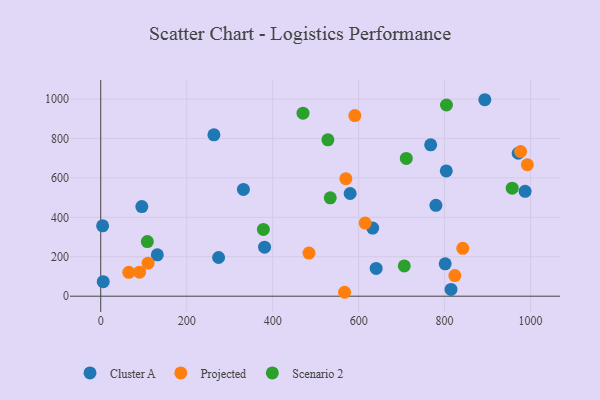
{"axis": {"x": "Study Hours", "y": "Demand"}, "legend": ["Cluster A", "Projected", "Scenario 2"], "data": [{"x": "640.8", "y": 140.9, "type": "Cluster A"}, {"x": "767.6", "y": 767.4, "type": "Cluster A"}, {"x": "381.2", "y": 248.5, "type": "Cluster A"}, {"x": "987.3", "y": 531.8, "type": "Cluster A"}, {"x": "893.6", "y": 996.2, "type": "Cluster A"}, {"x": "5.8", "y": 73.6, "type": "Cluster A"}, {"x": "801.4", "y": 164.0, "type": "Cluster A"}, {"x": "95.6", "y": 454.5, "type": "Cluster A"}, {"x": "779.8", "y": 460.9, "type": "Cluster A"}, {"x": "4.4", "y": 356.6, "type": "Cluster A"}, {"x": "814.9", "y": 34.2, "type": "Cluster A"}, {"x": "274.2", "y": 196.2, "type": "Cluster A"}, {"x": "803.9", "y": 635.4, "type": "Cluster A"}, {"x": "331.9", "y": 541.6, "type": "Cluster A"}, {"x": "263.3", "y": 818.4, "type": "Cluster A"}, {"x": "971.2", "y": 724.9, "type": "Cluster A"}, {"x": "131.6", "y": 209.6, "type": "Cluster A"}, {"x": "632.7", "y": 345.6, "type": "Cluster A"}, {"x": "580.3", "y": 520.7, "type": "Cluster A"}, {"x": "484.5", "y": 218.7, "type": "Projected"}, {"x": "567.3", "y": 19.9, "type": "Projected"}, {"x": "976.8", "y": 733.7, "type": "Projected"}, {"x": "570.3", "y": 595.7, "type": "Projected"}, {"x": "615.2", "y": 370.8, "type": "Projected"}, {"x": "90.2", "y": 121.9, "type": "Projected"}, {"x": "110.1", "y": 167.6, "type": "Projected"}, {"x": "823.8", "y": 104.7, "type": "Projected"}, {"x": "591.2", "y": 915.9, "type": "Projected"}, {"x": "992.6", "y": 666.6, "type": "Projected"}, {"x": "842.3", "y": 242.7, "type": "Projected"}, {"x": "65.3", "y": 121.1, "type": "Projected"}, {"x": "804.4", "y": 969.4, "type": "Scenario 2"}, {"x": "706.2", "y": 153.4, "type": "Scenario 2"}, {"x": "957.3", "y": 547.8, "type": "Scenario 2"}, {"x": "528.5", "y": 792.8, "type": "Scenario 2"}, {"x": "534.0", "y": 498.6, "type": "Scenario 2"}, {"x": "470.6", "y": 928.0, "type": "Scenario 2"}, {"x": "108.4", "y": 277.2, "type": "Scenario 2"}, {"x": "378.4", "y": 338.4, "type": "Scenario 2"}, {"x": "710.9", "y": 698.6, "type": "Scenario 2"}]}